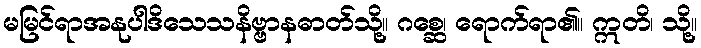
မမြင်ရာအနုပါဒိသေသနိဗ္ဗာနဓာတ်သို့။ ဂစ္ဆေ၊ ရောက်ရာ၏။ ဣတိ၊ သို့။